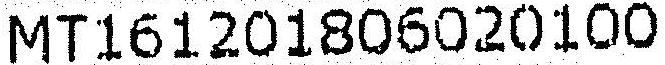
MT161201806020100